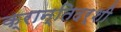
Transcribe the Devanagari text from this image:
क्रान्तिदर्शी